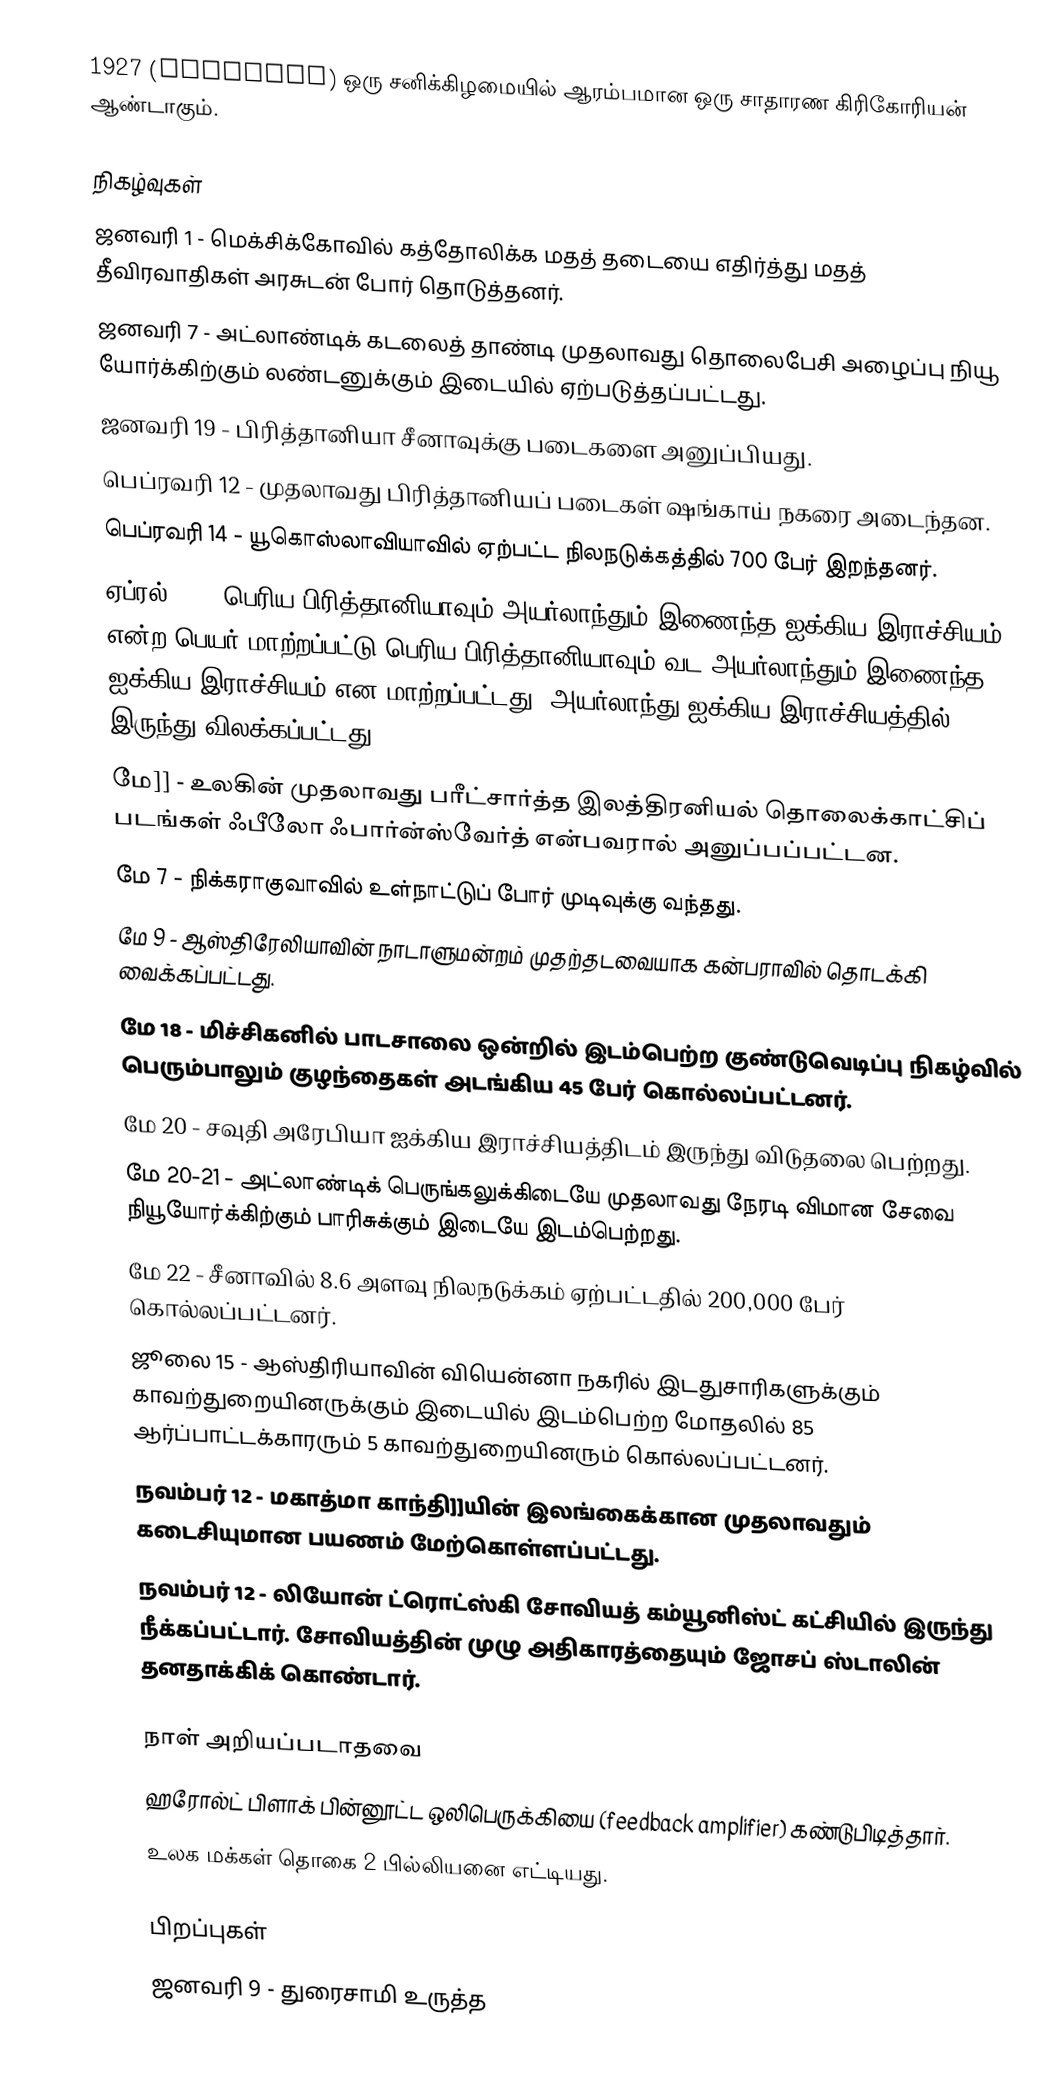
1927  (MCMXXVII) ஒரு சனிக்கிழமையில் ஆரம்பமான ஒரு சாதாரண கிரிகோரியன் ஆண்டாகும்.

நிகழ்வுகள்
 ஜனவரி 1 - மெக்சிக்கோவில் கத்தோலிக்க மதத் தடையை எதிர்த்து மதத் தீவிரவாதிகள் அரசுடன் போர் தொடுத்தனர்.
 ஜனவரி 7 - அட்லாண்டிக் கடலைத் தாண்டி முதலாவது தொலைபேசி அழைப்பு நியூ யோர்க்கிற்கும் லண்டனுக்கும் இடையில் ஏற்படுத்தப்பட்டது.
 ஜனவரி 19 - பிரித்தானியா சீனாவுக்கு படைகளை அனுப்பியது.
 பெப்ரவரி 12 - முதலாவது பிரித்தானியப் படைகள் ஷங்காய் நகரை அடைந்தன.
 பெப்ரவரி 14 - யூகொஸ்லாவியாவில் ஏற்பட்ட நிலநடுக்கத்தில் 700 பேர் இறந்தனர்.
 ஏப்ரல் 12 - பெரிய பிரித்தானியாவும் அயர்லாந்தும் இணைந்த ஐக்கிய இராச்சியம் என்ற பெயர் மாற்றப்பட்டு பெரிய பிரித்தானியாவும் வட அயர்லாந்தும் இணைந்த ஐக்கிய இராச்சியம் என மாற்றப்பட்டது. அயர்லாந்து ஐக்கிய இராச்சியத்தில் இருந்து விலக்கப்பட்டது.
 மே]] - உலகின் முதலாவது பரீட்சார்த்த இலத்திரனியல் தொலைக்காட்சிப் படங்கள் ஃபீலோ ஃபார்ன்ஸ்வேர்த் என்பவரால் அனுப்பப்பட்டன.
 மே 7 - நிக்கராகுவாவில் உள்நாட்டுப் போர் முடிவுக்கு வந்தது.
 மே 9 - ஆஸ்திரேலியாவின் நாடாளுமன்றம் முதற்தடவையாக கன்பராவில் தொடக்கி வைக்கப்பட்டது.
 மே 18 - மிச்சிகனில் பாடசாலை ஒன்றில் இடம்பெற்ற குண்டுவெடிப்பு நிகழ்வில் பெரும்பாலும் குழந்தைகள் அடங்கிய 45 பேர் கொல்லப்பட்டனர்.
 மே 20 - சவுதி அரேபியா ஐக்கிய இராச்சியத்திடம் இருந்து விடுதலை பெற்றது.
 மே 20-21 - அட்லாண்டிக் பெருங்கலுக்கிடையே முதலாவது நேரடி விமான சேவை நியூயோர்க்கிற்கும் பாரிசுக்கும் இடையே இடம்பெற்றது.
 மே 22 - சீனாவில் 8.6 அளவு நிலநடுக்கம் ஏற்பட்டதில் 200,000 பேர் கொல்லப்பட்டனர்.
 ஜூலை 15 - ஆஸ்திரியாவின் வியென்னா நகரில் இடதுசாரிகளுக்கும் காவற்துறையினருக்கும் இடையில் இடம்பெற்ற மோதலில் 85 ஆர்ப்பாட்டக்காரரும் 5 காவற்துறையினரும் கொல்லப்பட்டனர்.
 நவம்பர் 12 - மகாத்மா காந்தி]]யின் இலங்கைக்கான முதலாவதும் கடைசியுமான பயணம் மேற்கொள்ளப்பட்டது.
 நவம்பர் 12 - லியோன் ட்ரொட்ஸ்கி சோவியத் கம்யூனிஸ்ட் கட்சியில் இருந்து நீக்கப்பட்டார். சோவியத்தின் முழு அதிகாரத்தையும் ஜோசப் ஸ்டாலின் தனதாக்கிக் கொண்டார்.

நாள் அறியப்படாதவை
 ஹரோல்ட் பிளாக் பின்னூட்ட ஒலிபெருக்கியை (feedback amplifier) கண்டுபிடித்தார்.
 உலக மக்கள் தொகை 2 பில்லியனை எட்டியது.

பிறப்புகள்
 ஜனவரி 9 - துரைசாமி உருத்த